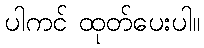
ပါကင် ထုတ်ပေးပါ။